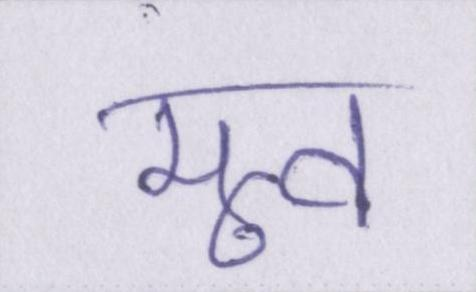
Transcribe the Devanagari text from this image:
मूव